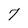
Character: 7